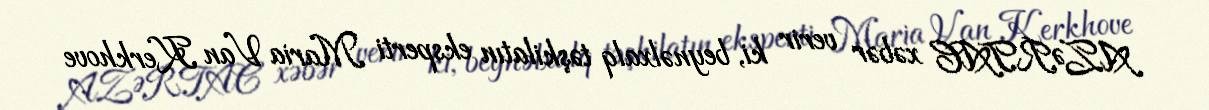
AZƏRTAC xəbər verir ki, beynəlxalq təşkilatın eksperti Maria Van Kerkhove